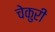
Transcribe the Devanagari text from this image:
चेकुरी